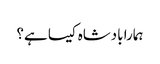
ہمارا بادشاہ کیسا ہے؟